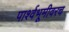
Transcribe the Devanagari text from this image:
पार्श्वभूमीवरच